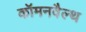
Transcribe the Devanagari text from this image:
कॉमनवैल्‍थ